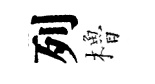
列櫓